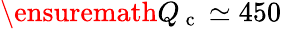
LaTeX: \ensuremath{Q_{\mathrm{~c~}}}\simeq 450